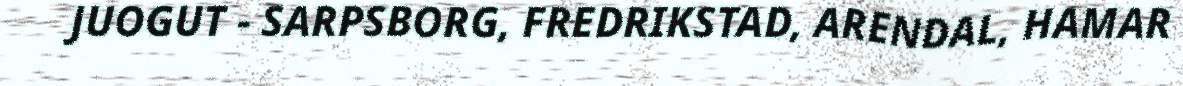
JUOGUT - SARPSBORG, FREDRIKSTAD, ARENDAL, HAMAR